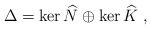
LaTeX: \begin{align*}\Delta = \ker\widehat{N} \oplus \ker\widehat{K}~,\end{align*}